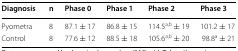
<table><thead><tr><td><b>Diagnosis</b></td><td><b>n</b></td><td><b>Phase 0</b></td><td><b>Phase 1</b></td><td><b>Phase 2</b></td><td><b>Phase 3</b></td></tr></thead><tbody><tr><td>Pyometra</td><td>8</td><td>87.1 ± 17</td><td>86.8 ± 15</td><td>114.5<sup>a,b</sup> ± 19</td><td>101.2 ± 17</td></tr><tr><td>Control</td><td>8</td><td>77.6 ± 12</td><td>88.5 ± 18</td><td>105.6<sup>a,b</sup> ± 20</td><td>98.8<sup>a</sup> ± 21</td></tr></tbody></table>